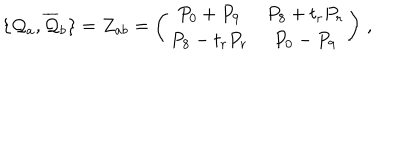
\{ { \cal { Q } } _ { a } , { \overline { { { \cal { Q } } } } } _ { b } \} = { \cal { Z } } _ { a b } = \left( \begin{matrix} { { P _ { 0 } + P _ { 9 } } } & { { P _ { 8 } + t _ { r } P _ { r } } } \\ { { P _ { 8 } - t _ { r } P _ { r } } } & { { P _ { 0 } - P _ { 9 } } } \\ \end{matrix} \right) \, ,